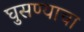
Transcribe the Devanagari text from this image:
घुसण्याचा